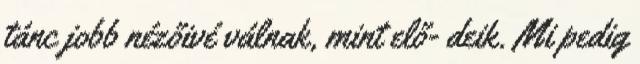
tánc jobb nézőivé válnak, mint elő- deik. Mi pedig